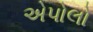
એપોલો